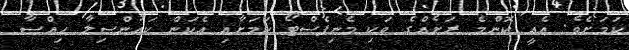
ކަމަށެވެ. އެއީ ކޮންމެ ރަށެއްގެ ވަކި މެނިފެސްޓޯ ކަމަށާއި އެކަން ކައުންސިލާ ހިއްސާ